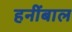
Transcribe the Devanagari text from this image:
हनींबाल